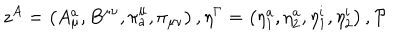
z ^ { A } = \left( A _ { \mu } ^ { a } , B ^ { \mu \nu } , \pi _ { a } ^ { \mu } , \pi _ { \mu \nu } \right) , \eta ^ { \Gamma } = \left( \eta _ { 1 } ^ { a } , \eta _ { 2 } ^ { a } , \eta _ { 1 } ^ { i } , \eta _ { 2 } ^ { i } \right) , { \cal P }